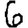
Digit: 6